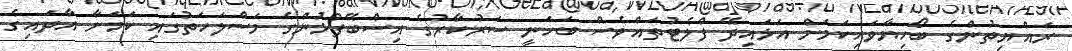
ރައްޔިތުންގެ ބޯހިޔާވަހިކަމަށް އަޅައިދޭ ފްލެޓުތައްވެސް ބަހަނީ ސަރުކާރުގެ އިސްބޭފުޅުންގެ މަސްލަހަތުގައި ކަމަށާ އާދައިގެ